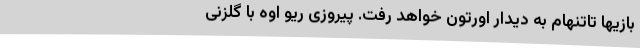
بازیها تاتنهام به دیدار اورتون خواهد رفت. پیروزی ریو اوه با گلزنی